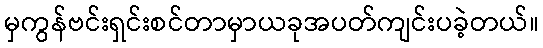
မှကွန်ဗင်းရှင်းစင်တာမှာယခုအပတ်ကျင်းပခဲ့တယ်။